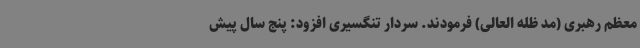
معظم رهبری (مد ظله العالی) فرمودند. سردار تنگسیری افزود: پنج سال پیش